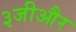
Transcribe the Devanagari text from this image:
३जीऔर